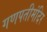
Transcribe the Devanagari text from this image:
गणपतीमंदिर